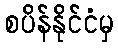
စပိန်နိုင်ငံမှ